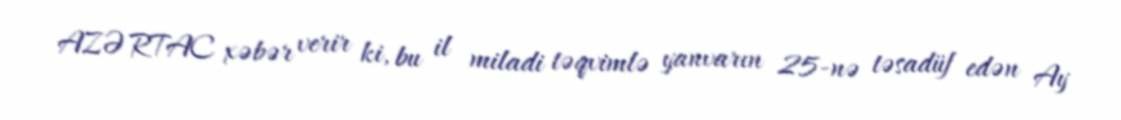
AZƏRTAC xəbər verir ki, bu il miladi təqvimlə yanvarın 25-nə təsadüf edən Ay